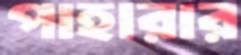
পাহারার